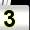
Digit: 3